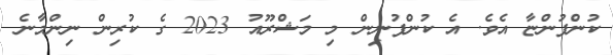
ކުންފުންޏާ އެވެ. އެ ކުންފުނިން މި މަޝްރޫއު 2023 ގެ ކުރިން ނިންމާނެ